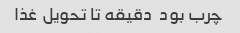
چرب بود  دقیقه تا تحویل غذا